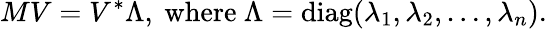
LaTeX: MV=V^{*}\Lambda,\mathrm{\ where\ }\Lambda=\mathrm{diag}(\lambda_{1},\lambda_{2},\dots,\lambda_{n}).